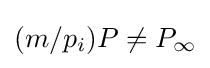
(m/p_{i})P\neq P_{\infty }